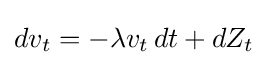
dv_{t}=-\lambda v_{t}\,dt+dZ_{t}